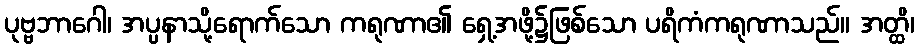
ပုဗ္ဗဘာဂေါ၊ အပ္ပနာသို့ရောက်သော ကရုဏာ၏ ရှေ့အဖို့၌ဖြစ်သော ပရိကံကရုဏာသည်။ အတ္ထိ၊